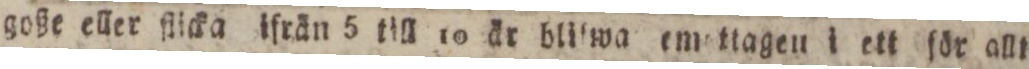
goße eller flicka ifrån 5 till 10 är blilwa emettagen i ett för allt